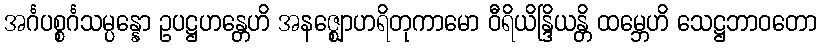
အင်္ဂပစ္စင်္ဂသမ္ပန္နော ဥပဋ္ဌဟန္တေဟိ အနဇ္ဈောဟရိတုကာမော ဝီရိယိန္ဒြိယန္တိ ထမ္ဘေဟိ သေဋ္ဌဘာဝတော